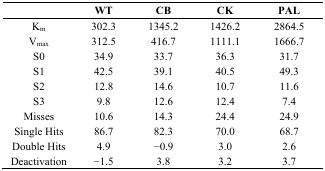
<table><thead><tr><td></td><td><b>WT</b></td><td><b>CB</b></td><td><b>CK</b></td><td><b>PAL</b></td></tr></thead><tbody><tr><td>K<sub>m</sub></td><td>302.3</td><td>1345.2</td><td>1426.2</td><td>2864.5</td></tr><tr><td>V<sub>max</sub></td><td>312.5</td><td>416.7</td><td>1111.1</td><td>1666.7</td></tr><tr><td>S0</td><td>34.9</td><td>33.7</td><td>36.3</td><td>31.7</td></tr><tr><td>S1</td><td>42.5</td><td>39.1</td><td>40.5</td><td>49.3</td></tr><tr><td>S2</td><td>12.8</td><td>14.6</td><td>10.7</td><td>11.6</td></tr><tr><td>S3</td><td>9.8</td><td>12.6</td><td>12.4</td><td>7.4</td></tr><tr><td>Misses</td><td>10.6</td><td>14.3</td><td>24.4</td><td>24.9</td></tr><tr><td>Single Hits</td><td>86.7</td><td>82.3</td><td>70.0</td><td>68.7</td></tr><tr><td>Double Hits</td><td>4.9</td><td>−0.9</td><td>3.0</td><td>2.6</td></tr><tr><td>Deactivation</td><td>−1.5</td><td>3.8</td><td>3.2</td><td>3.7</td></tr></tbody></table>